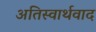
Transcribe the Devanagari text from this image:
अतिस्वार्थवाद